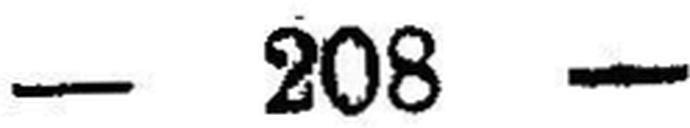
— 208 —